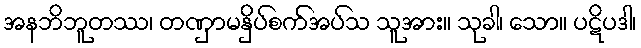
အနဘိဘူတဿ၊ တဏှာမနှိပ်စက်အပ်သ သူအား။ သုခါ၊ သော။ ပဋိပဒါ၊